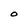
Character: O